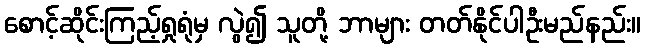
စောင့်ဆိုင်းကြည့်ရှုရုံမှ လွဲ၍ သူတို့ ဘာများ တတ်နိုင်ပါဦးမည်နည်း။